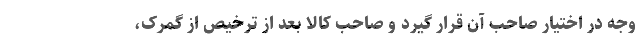
وجه در اختیار صاحب آن قرار گیرد و صاحب کالا بعد از ترخیص از گمرک،